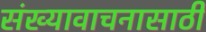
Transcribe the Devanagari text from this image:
संख्यावाचनासाठी